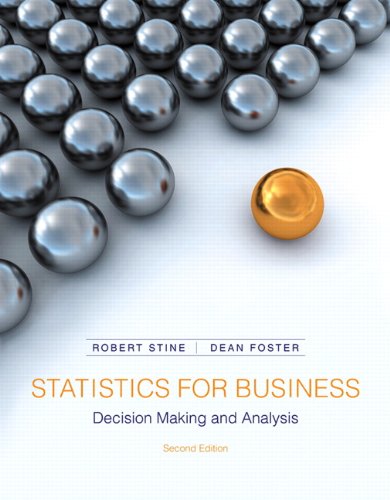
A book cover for Statistics for Business: Decision Making and Analysis (2nd Edition); Robert Stine; Business & Money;